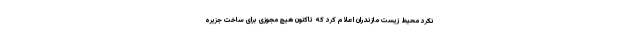
نکرد محیط زیست مازندران اعلام کرد که تاکنون هیچ مجوزی برای ساخت جزیره